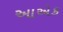
આએક